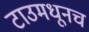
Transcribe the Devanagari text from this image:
टाउमधूनच